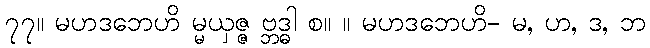
၇၇။ မဟဒဘေဟိ မ္မယှဇ္ဇ ဗ္ဘဒ္ဓါ စ။ ။ မဟဒဘေဟိ- မ, ဟ, ဒ, ဘ